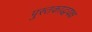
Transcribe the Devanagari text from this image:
पुस्तकाद्धयक्ष